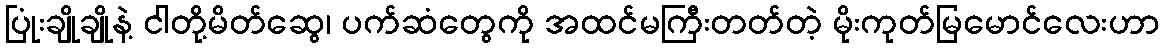
ပြုံးချိုချိုနဲ့ ငါတို့မိတ်ဆွေ၊ ပက်ဆံတွေကို အထင်မကြီးတတ်တဲ့ မိုးကုတ်မြမောင်လေးဟာ